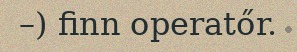
–) finn operatőr.